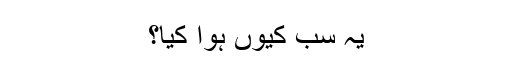
یہ سب کیوں ہوا کیا؟